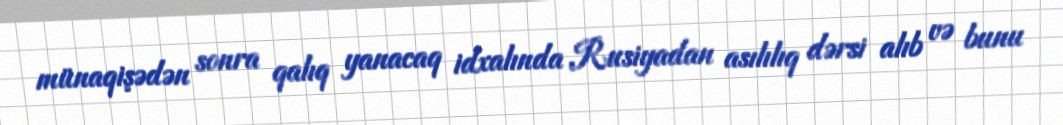
münaqişədən sonra qalıq yanacaq idxalında Rusiyadan asılılıq dərsi alıb və bunu